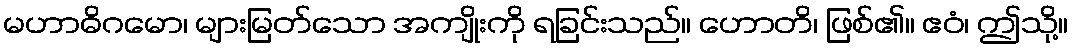
မဟာဓိဂမော၊ များမြတ်သော အကျိုးကို ရခြင်းသည်။ ဟောတိ၊ ဖြစ်၏။ ဧဝံ၊ ဤသို့။